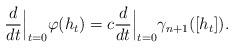
LaTeX: \begin{align*}\frac{d}{dt}\Big|_{t=0}\varphi(h_t)=c\frac{d}{dt}\Big|_{t=0}\gamma_{n+1}([h_t]).\end{align*}